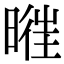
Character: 𣈧